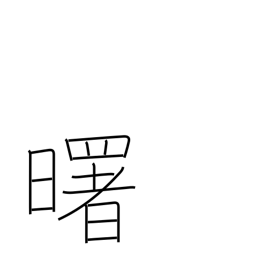
Meaning: daybreak